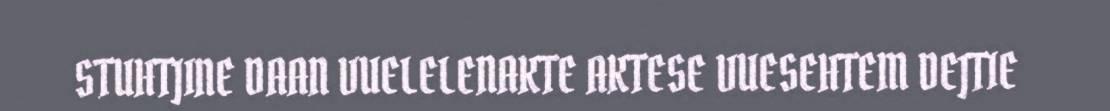
STUHTJINE DAAN VUELELENAKTE AKTESE VUESEHTEM DEJTIE